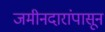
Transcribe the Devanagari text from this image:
जमीनदारांपासून